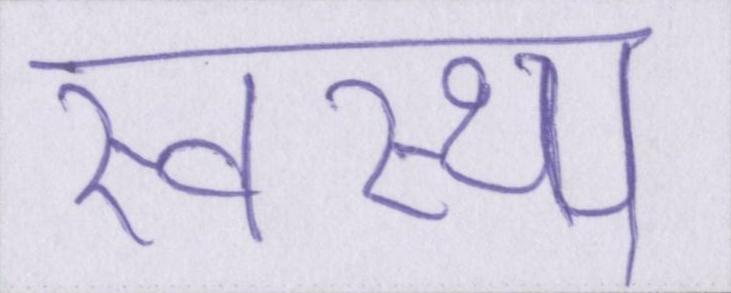
स्वस्थ्य